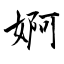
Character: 婀